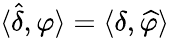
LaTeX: \langle{\widehat{\delta}},\varphi\rangle=\langle\delta,{\widehat{\varphi}}\rangle